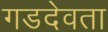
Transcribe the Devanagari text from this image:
गडदेवता